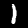
Digit: 1